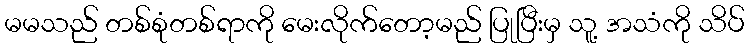
မမသည် တစ်စုံတစ်ရာကို မေးလိုက်တော့မည် ပြုပြီးမှ သူ့ အသံကို သိပ်